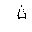
Letter: _tha